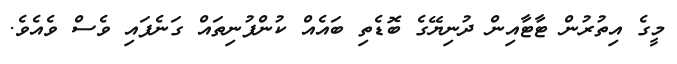
މީގެ އިތުރުން ޓާޓާއިން ދުނިޔޭގެ ބޮޑެތި ބައެއް ކުންފުނިތައް ގަނެފައި ވެސް ވެއެވެ.